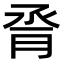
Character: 脀